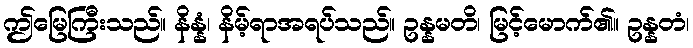
ဤမြေကြီးသည်။ နိန္နံ၊ နိမ့်ရာအရပ်သည်။ ဥန္နမတိ၊ မြင့်မောက်၏။ ဥန္နတံ၊